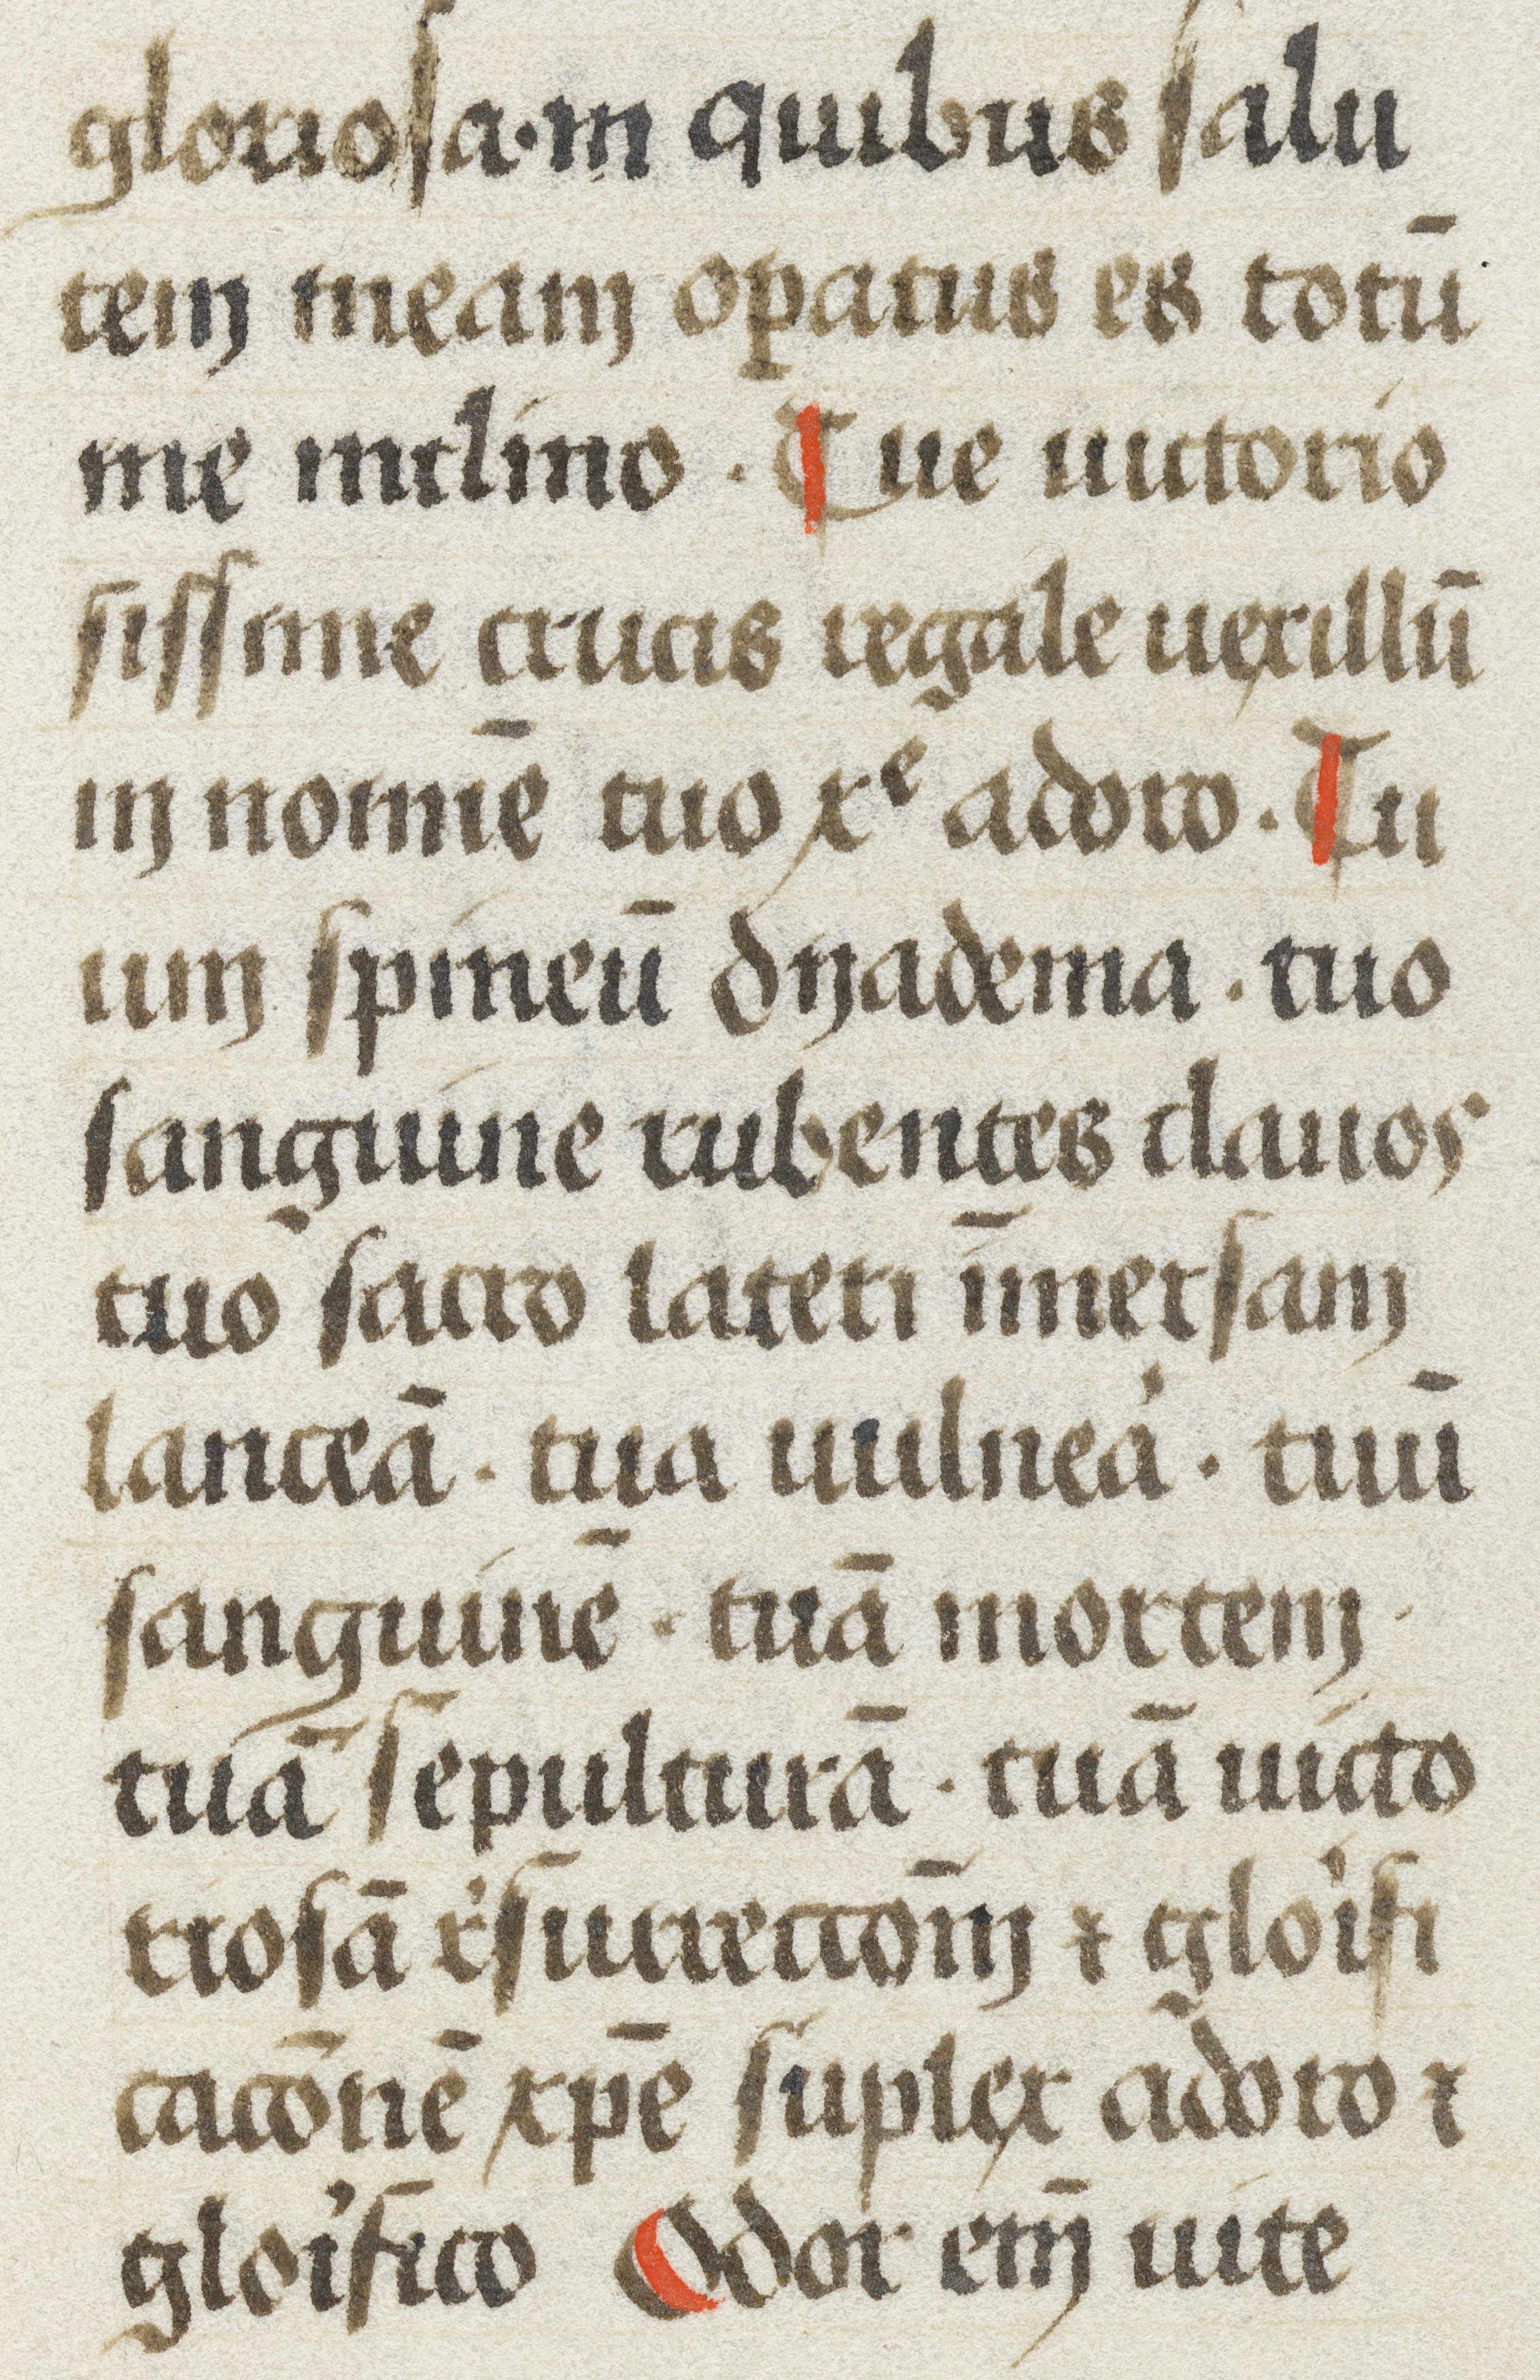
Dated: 1480–1480